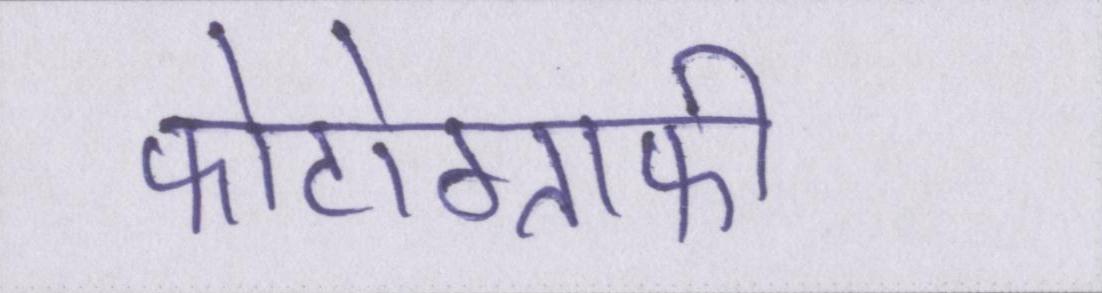
फोटोग्राफी